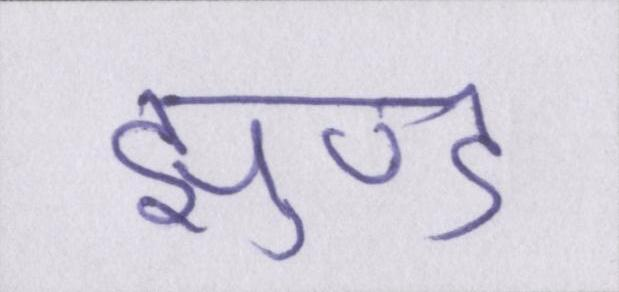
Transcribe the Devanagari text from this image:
झुण्ड